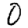
Digit: 0